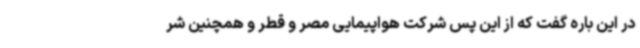
در این باره گفت که از این پس شرکت هواپیمایی مصر و قطر و همچنین شر